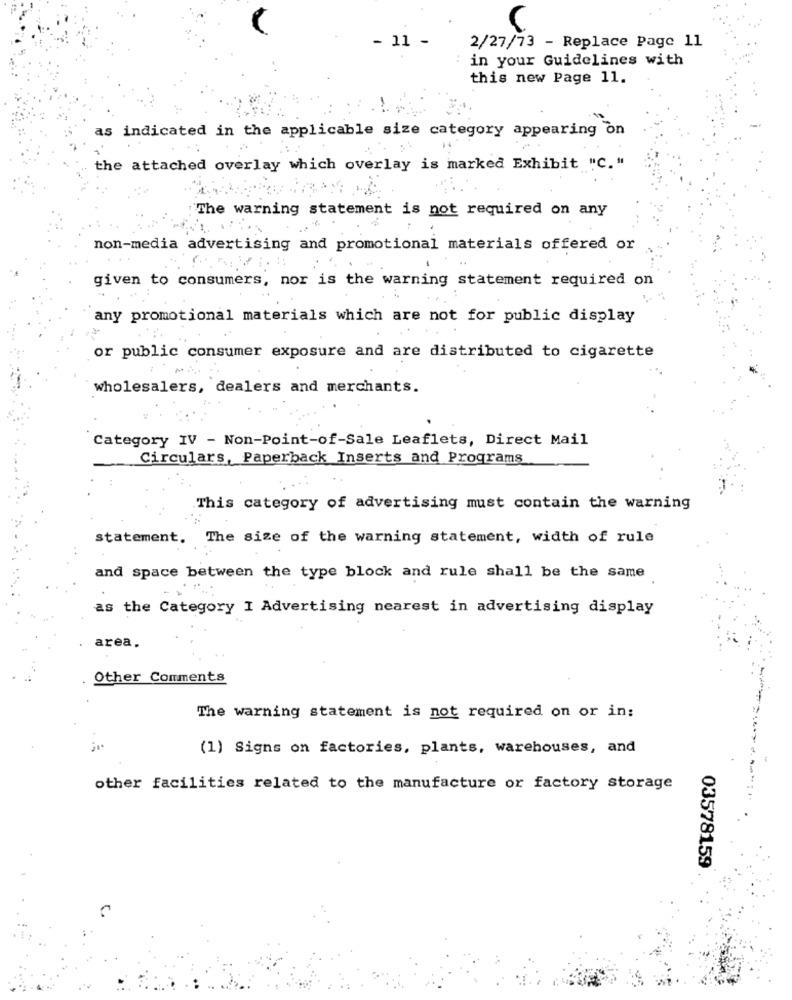
- 11 -
2/27/73 - Replace Page 11
in your Guidelines with
this new Page 11.
as indicated in the applicable size category appearing on
the attached overlay which overlay is marked Exhibit "C. "
The warning statement is not required on any
non-media advertising and promotional materials offered or
given to consumers, nor is the warning statement required on
any promotional materials which are not for public display
or public consumer exposure and are distributed to cigarette
wholesalers, dealers and merchants.
Category IV - Non-Point-of-Sale Leaflets, Direct Mail
Circulars, Paperback Inserts and Programs
This category of advertising must contain the warning
statement. The size of the warning statement, width of rule
and space between the type block and rule shall be the same
as the Category I Advertising nearest in advertising display
area.
Other Comments
The warning statement is not required on or in:
(1) Signs on factories, plants, warehouses, and
other facilities related to the manufacture or factory storage
03578159